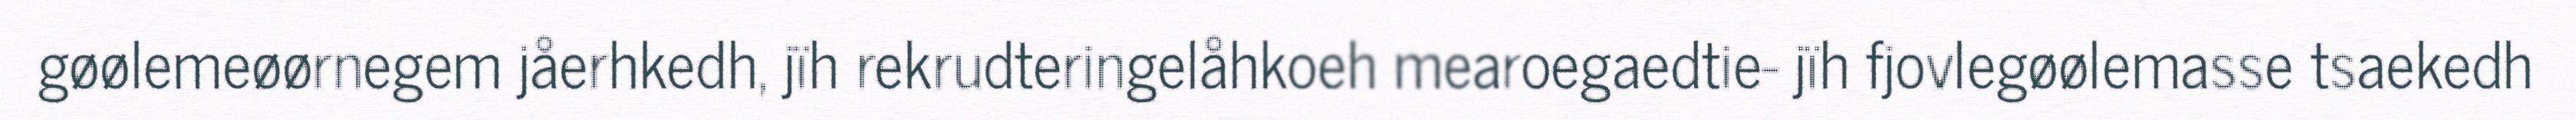
gøølemeøørnegem jåerhkedh, jïh rekrudteringelåhkoeh mearoegaedtie- jïh fjovlegøølemasse tsaekedh